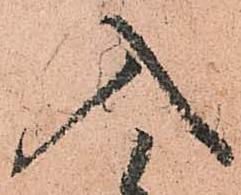
入